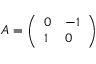
A = { \left( \begin{array} { l l } { 0 } & { - 1 } \\ { 1 } & { 0 } \end{array} \right) }